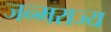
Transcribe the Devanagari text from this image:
जन्मराज्य